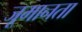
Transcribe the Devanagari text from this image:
जूमानता